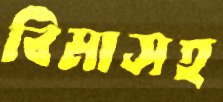
বিমাসহ